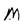
Character: M